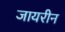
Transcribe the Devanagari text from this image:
जायरीन